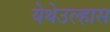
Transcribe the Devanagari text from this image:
येथेउल्हास